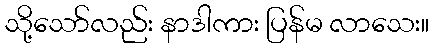
သို့သော်လည်း နာဒါကား ပြန်မ လာသေး။